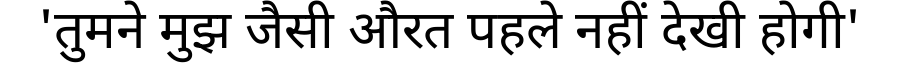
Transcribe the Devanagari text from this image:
'तुमने मुझ जैसी औरत पहले नहीं देखी होगी'